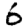
Digit: 6